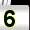
Digit: 5